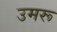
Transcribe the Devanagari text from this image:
उमरू